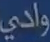
وادي